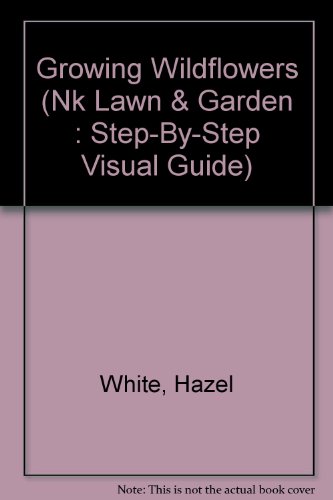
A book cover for Growing Wildflowers (Nk Lawn & Garden : Step-By-Step Visual Guide); Hazel White; Crafts, Hobbies & Home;